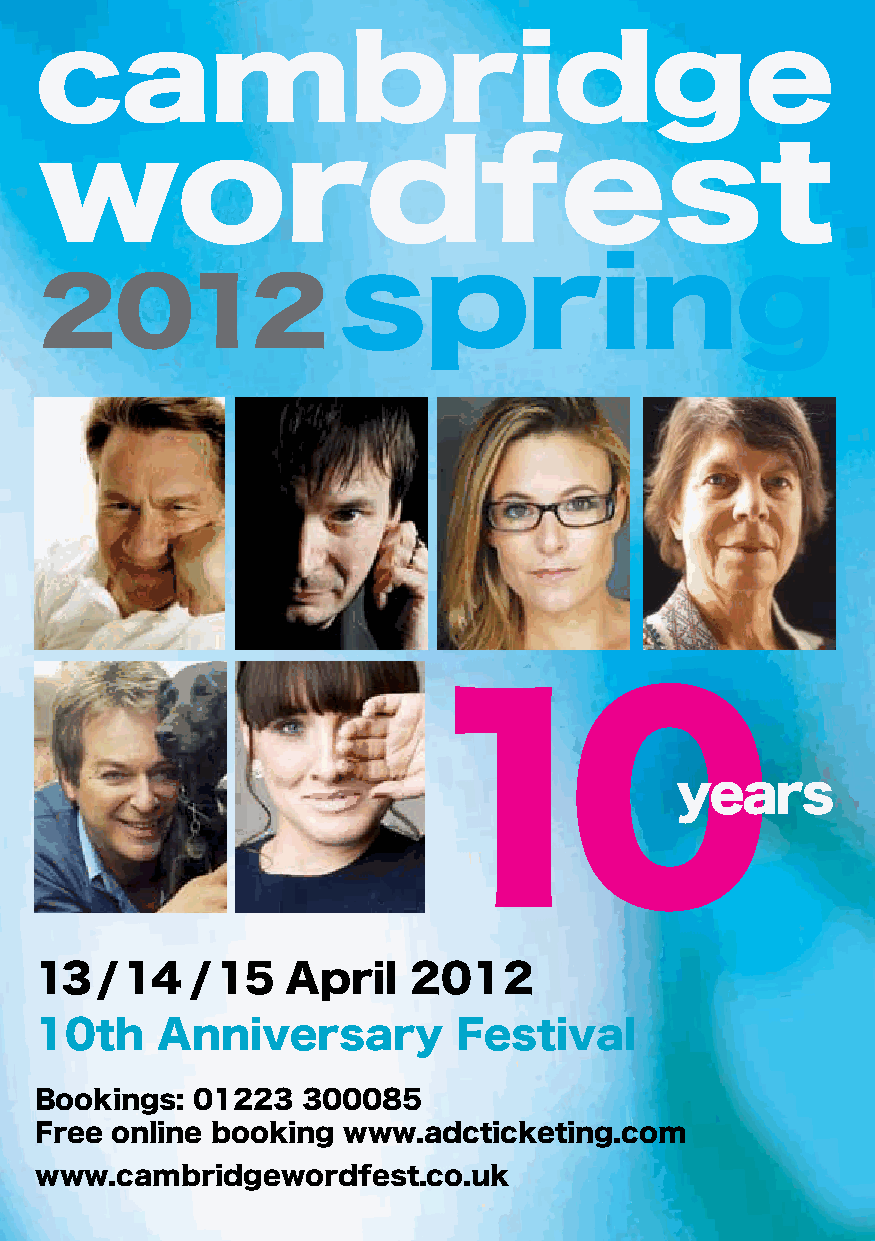
cambridge
 wordfest
 spring
 2012
 10
 years
 13  / 14   / 15  April   2012
 10th    Anniversary         Festival
 Bookings:  01223  300085
 Free online booking  www.adcticketing.com
 1
 www.cambridgewordfest.co.uk